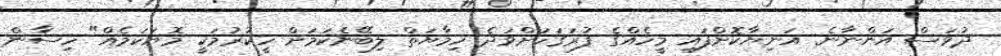
ދުވަސް އަންނާނެ